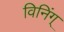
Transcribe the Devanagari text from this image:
विनिंग्